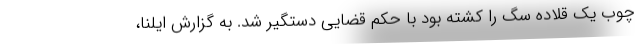
چوب یک قلاده سگ را کشته بود با حکم قضایی دستگیر شد. به گزارش ایلنا،